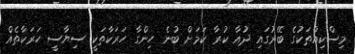
މިސްކިއްތަކުގެ ބޭރުގައި ދުއާ ކުރާ ކަމަށް ބުނެ ހިންގާ ހަރަކާތަކީ ސިޔާސީ ހަރަކާތެއް